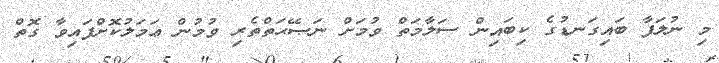
މި ނުލަފާ ބައިގަނޑުގެ ކިބައިން ސަލާމަތް ވުމަށް ނަޞޭޙަތްތެރި ވުމުން ޢަމަލުކޮށްފައިވާ ގޮތް